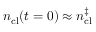
n _ { \mathrm { c l } } ( t = 0 ) \approx n _ { \mathrm { c l } } ^ { \ddag }